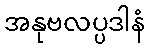
အနုဗလပ္ပဒါနံ